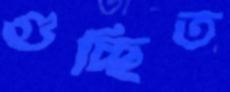
গুচ্ছিত